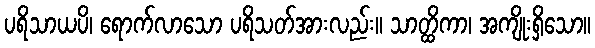
ပရိသာယပိ၊ ရောက်လာသော ပရိသတ်အားလည်း။ သာတ္ထိကာ၊ အကျိုးရှိသော။